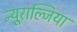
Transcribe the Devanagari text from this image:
न्यूराल्जिया